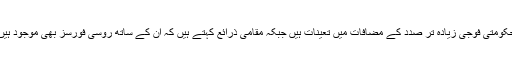
حکومتی فوجی زیادہ تر صدد کے مضافات میں تعینات ہیں جبکہ مقامی ذرائع کہتے ہیں کہ ان کے ساتھ روسی فورسز بھی موجود ہیں۔